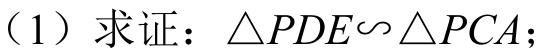
（1）求证：\(\triangle PDE\sim\triangle PCA\)；